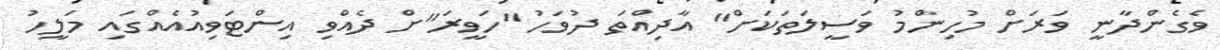
ވެގެންދާނީ ވަރަށް މުހިންމު ވަސީލަތަކަށް" އާދިއްތަ ދުވަހު "ހަވީރަ"ށް ދެއްވި އިންޓަވިއުއެއްގައި މަލީހު